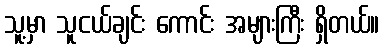
သူ့မှာ သူငယ်ချင်း ကောင်း အများကြီး ရှိတယ်။